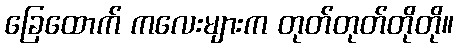
ခြေထောက် ကလေးများက တုတ်တုတ်တိုတို။